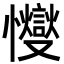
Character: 㦪